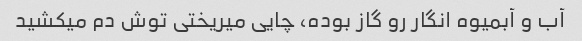
آب و آبمیوه انگار رو گاز بوده، چایی میریختی توش دم میکشید